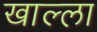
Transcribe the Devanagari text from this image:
खाल्‍ला